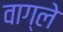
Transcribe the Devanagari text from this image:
वाग्ले